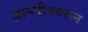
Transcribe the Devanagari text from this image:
ज्ञानदीपवरून